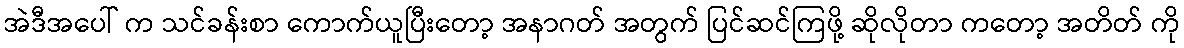
အဲဒီအပေါ် က သင်ခန်းစာ ကောက်ယူပြီးတော့ အနာဂတ် အတွက် ပြင်ဆင်ကြဖို့ ဆိုလိုတာ ကတော့ အတိတ် ကို